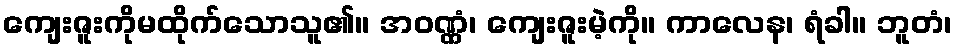
ကျေးဇူးကိုမထိုက်သောသူ၏။ အဝဏ္ဏံ၊ ကျေးဇူးမဲ့ကို။ ကာလေန၊ ရံခါ။ ဘူတံ၊